Report of the Indian Hemp Drugs Commission, 1894-1895 - Volume V
Year: 1894
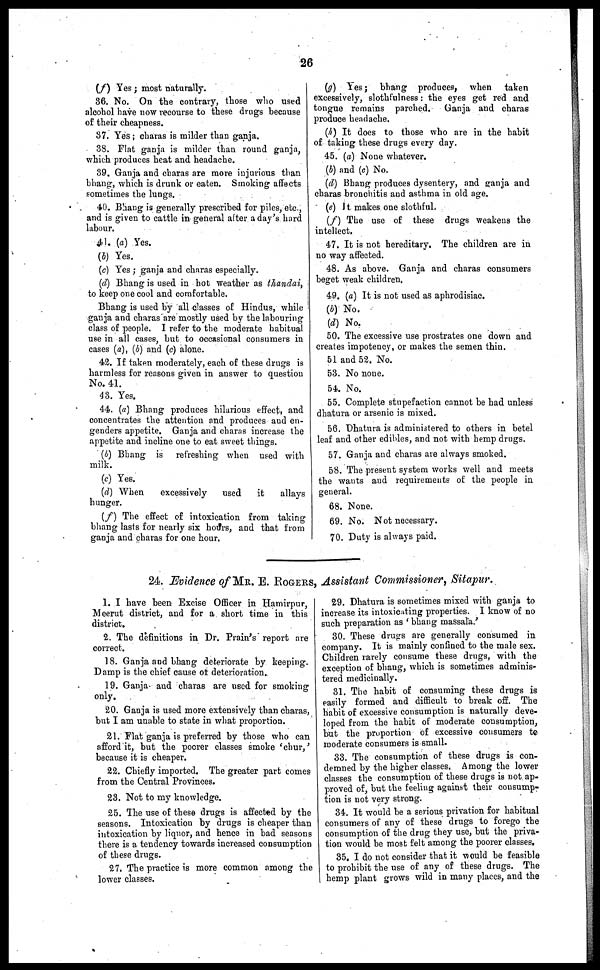
26
(f) Yes; most naturally.
36. No. On the contrary, those who used
alcohol have now recourse to these drugs because
of their cheapness.
37. Yes; charas is milder than ganja.
38. Flat ganja is milder than round ganja,
which produces heat and headache.
39. Ganja and charas are more injurious than
bhang, which is drunk or eaten. Smoking affects
sometimes the lungs.
40. Bhang is generally prescribed for piles, etc.,
and is given to cattle in general after a day's hard
labour.
41. (a) Yes.
(4) Yes.
(c) Yes; ganja and charas especially.
(d) Bhang is used in hot weather as thandai,
to keep one cool and comfortable.
Bhang is used by all classes of Hindus, while
ganja and charas are mostly used by the labouring
class of people. I refer to the moderate habitual
use in all cases, but to occasional consumers in
cases (a), (b) and (c) alone.
42. If taken moderately, each of these drugs is
harmless for reasons given in answer to question
No. 41.
4 3. Yes.
44. (a) Bhang produces hilarious effect, and
concentrates the attention and produces and en-
genders appetite. Ganja and charas increase the
appetite and incline one to eat sweet things.
(b) Bhang is refreshing when used with
milk.
(c) Yes.
(d) When
excessively
used
it
allays
hunger.
(f) The effect of intoxication from taking
bhang lasts for nearly six hours, and that from
ganja and charas for one hour.
(g) Yes; bhang produces, when taken
excessively, slothfulness: the eyes get red and
tongue remains parched. Ganja and charas
produce headache.
(h) It does to those who are in the habit
of taking these drugs every day.
45. (a) None whatever.
(6) and (c) No.
(d) Bhang produces dysentery, and ganja and
charas bronchitis and asthma in old age.
(e) It makes one slothful.
(f) The use of these drugs weakens the
intellect.
47. It is not hereditary. The children are in
no way affected.
48. As above. Ganja and charas consumers
beget weak children,
49. (a) It is not used as aphrodisiac.
(b) No.
(d) No.
50. The excessive use prostrates one down and
creates impotency, or makes the semen thin.
51 and 52. No.
53. No none.
54. No.
55. Complete stupefaction cannot be had unless
dhatura or arsenic is mixed.
56. Dhatura is administered to others in betel
leaf and other edihles, and not with hemp drugs.
57. Ganja and charas are always smoked.
58. The present system works well and meets
the wants and requirements of the people in
general.
68. None.
69. No. Not necessary.
70. Duty is always paid.
24. Evidence of MR. E. ROGERS, Assistant Commissioner, Sitapur.
1. I have been Excise Officer in Hamirpur,
Meerut district, and for a short time in this
district.
2. The definitions in Dr. Plain's report are
correct.
18. Ganja and bhang deteriorate by keeping.
Damp is the chief cause of deterioration.
19. Ganja and charas are used for smoking
only.
20. Gauja is used more extensively than charas,
but I am unable to state in what proportion.
21. Flat ganja is preferred by those who can
afford it, but the poorer classes smoke 'chur,'
because it is cheaper.
22. Chiefly imported. The greater part comes
from the Central Provinces.
23. Not to my knowledge.
25. The use of these drugs is affected by the
seasons. Intoxication by drugs is cheaper than
intoxication by liquor, and hence in bad seasons
there is a tendency towards increased consumption
of these drugs.
27. The practice is more common among the
lower classes.
29. Dhatura is sometimes mixed with ganja to
increase its intoxicating properties. I know of no
such preparation as 'bhang massala.'
30. These drugs are generally consumed in
company. It is mainly confined to the male sex.
Children rarely consume these drugs, with the
exception of bhang, which is sometimes adminis-
tered medicinally.
31. The habit of consuming these drugs is
easily formed and difficult to break off. The
habit of excessive consumption is naturally deve-
loped from the habit of moderate consumption,
but the proportion of excessive consumers to
moderate consumers is small.
33. The consumption of these drugs is con-
demned by the higher classes. Among the lower
classes the consumption of these drugs is not ap-
proved of, but the feeling against their consump-
tion is not very strong.
34. It would be a serious privation for habitual
consumers of any of these drugs to forego the
consumption of the drug they use, but the priva-
tion would be most felt among the poorer classes.
35. I do not consider that it would be feasible
to prohibit the use of any of these drugs. The
hemp plant grows wild in many places, and the